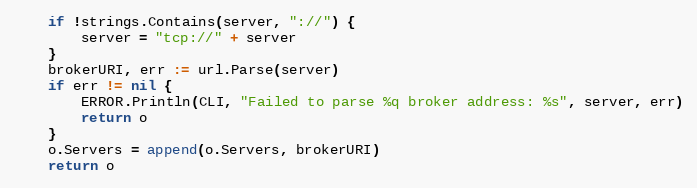
Language: Go
	if !strings.Contains(server, "://") {
		server = "tcp://" + server
	}
	brokerURI, err := url.Parse(server)
	if err != nil {
		ERROR.Println(CLI, "Failed to parse %q broker address: %s", server, err)
		return o
	}
	o.Servers = append(o.Servers, brokerURI)
	return o